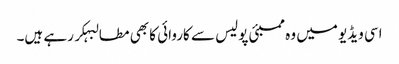
اسی ویڈیو میں وہ ممبئی پولیس سے کاروائی کا بھی مطالبہکر رہے ہیں۔